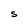
Character: S